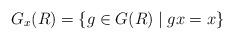
LaTeX: \begin{align*}G_x(R) = \{ g \in G(R) \mid gx = x \}\end{align*}